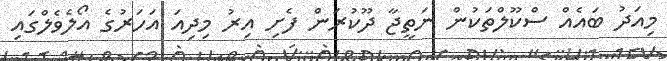
މިއަދު ބައެއް ސްކޫލްތަކުން ނަތީޖާ ދޫކުރަން ފެށި އިރު މިދިއަ އަހަރުގެ އޯލެވެލްގައި